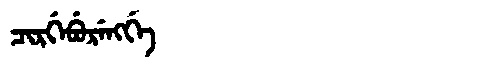
Manchu: ᠴᡳᡵᡤᡝᠪᡠᡵᡝᠩᡤᡝ
Romanization: CIRGEBURENGGE